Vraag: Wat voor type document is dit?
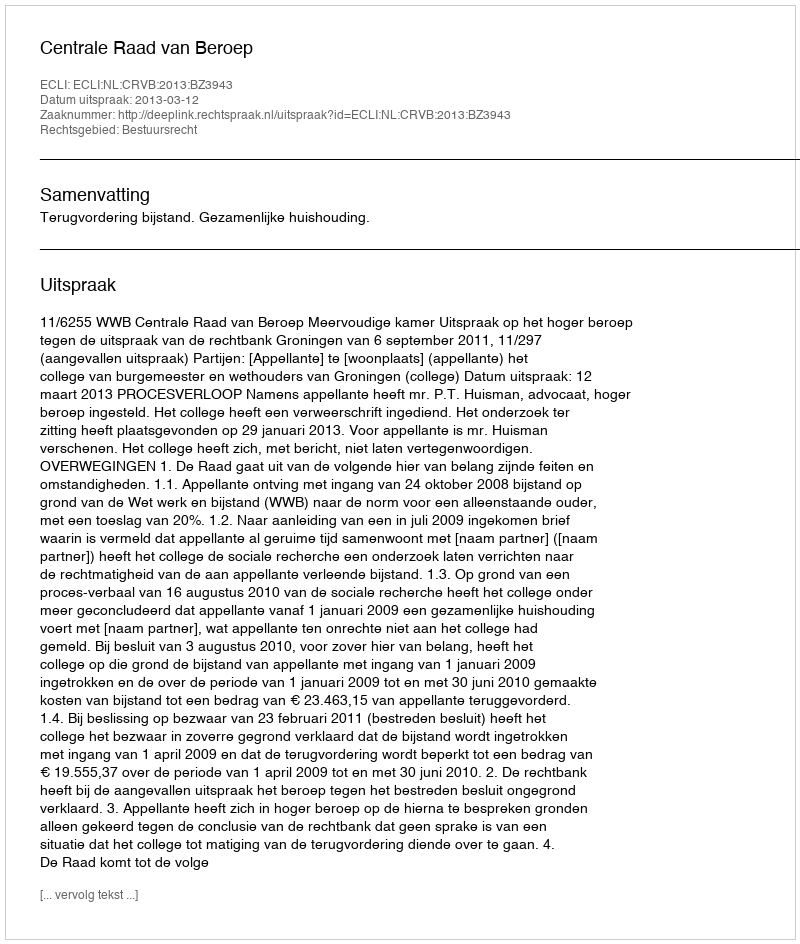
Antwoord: Uitspraak